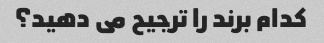
کدام برند را ترجیح می دهید؟